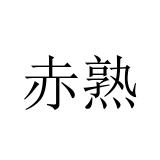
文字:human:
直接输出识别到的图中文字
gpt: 赤熟